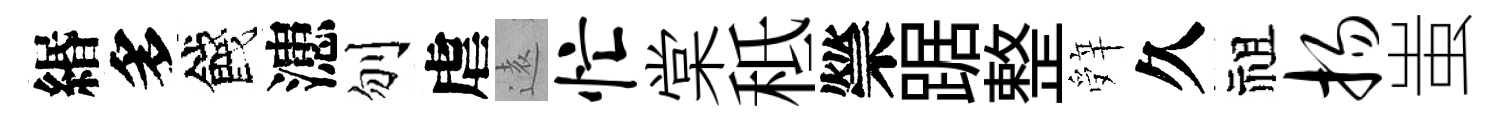
緡多餞漶刎虐逺忙棠秪禜踞整辤久祖扬蚩